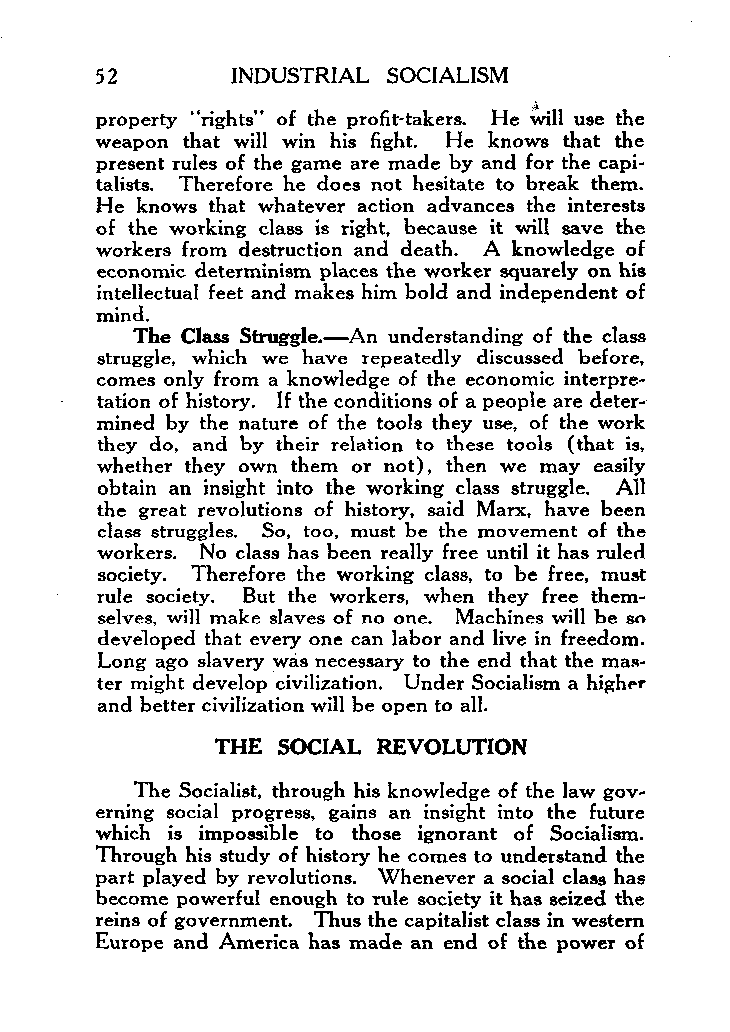
52       INDUSTRIAL SOCIALISM
 property “rights” of the profit-takers. He will use the
 weapon that will win his fight. He knows that the
 present rules of the game are made by and for the capi-
 talists. Therefore he does not hesitate to break them.
 He knows that whatever action advances the interests
 of the working class is right, because it will save the
 workers from destruction and death. A knowledge of
 economic determinism places the worker squarely on his
 intellectual feet and makes him bold and independent of
 mind.
 The Class StruggIe.-An understanding of the class
 struggle, which we have repeatedly discussed before,
 comes only from a knowledge of the economic interpre-
 tation of history. If the conditions of a people are deter-
 mined by the nature of the tools they use, of the work
 they do, and by their relation to these tools (that is,
 whether they own them or not), then we may easily
 obtain an insight into the working class struggle. All
 the great revolutions of history, said Marx, have been
 class struggles. So, too, must be the movement of the
 workers. No class has been really free until it has ruled
 society. Therefore the working class, to be free, must
 rule society. But the workers, when they free them-
 selves, will make slaves of no one. Machines will be .so
 developed that every one can labor and live in freedom.
 Long ago slavery was necessary to the end that the maa-
 ter might develop civilization. Under Socialism a higher
 and better civilization will be open to all.
 THE SOCIAL REVOLUTION
 The Socialist, through his knowledge of the law gov-
 erning social progress, gains an insight into the future
 which is impossible to those ignorant of Socialism.
 Through his study of history he comes to understand the
 part played by revolutions. Whenever a social class has
 become powerful enough to rule society it has seized the
 reins of government. Thus the capitalist class in western
 Europe and America has made an end of the power of